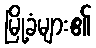
မြို့ခံများ၏